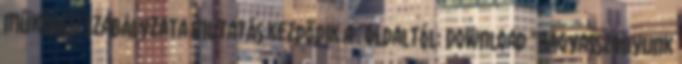
Működési Szabályzata Mutatás kezdődik a . oldaltól: Download "Nagyasszonyunk